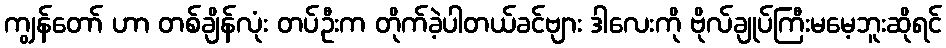
ကျွန်တော် ဟာ တစ်ချိန်လုံး တပ်ဦးက တိုက်ခဲ့ပါတယ်ခင်ဗျား ဒါလေးကို ဗိုလ်ချုပ်ကြီးမမေ့ဘူးဆိုရင်